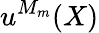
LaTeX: u^{M_{m}}(X)